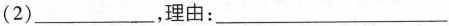
(2)___，理由：___